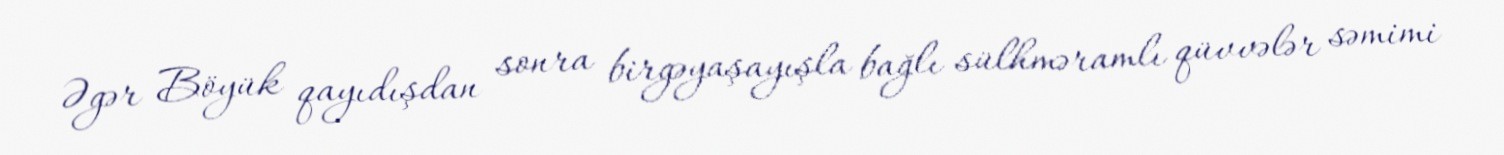
Əgər Böyük qayıdışdan sonra birgəyaşayışla bağlı sülhməramlı qüvvələr səmimi